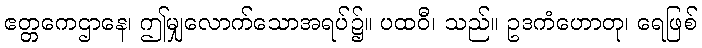
ဧတ္တကေဌာနေ၊ ဤမျှလောက်သောအရပ်၌။ ပထဝီ၊ သည်။ ဥဒကံဟောတု၊ ရေဖြစ်